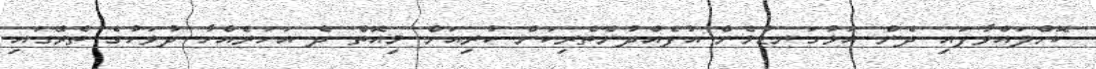
ކޮށްލައްވާފައި ދެން އަޅުގަނޑުމެން އުފެއްދުންތެރިކަން ކުރިއަށް މިއޮތް ދެ އަހަރެއްހާ ދުވަހުގެ ތެރޭގައި